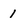
Character: 1